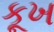
કૂખ